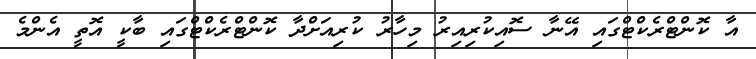
އާ ކޮންޓްރެކްޓްގައި އޭނާ ސޮއިކުރިއިރު މިހާރު ކުރިއަށްދާ ކޮންޓްރެކްޓްގައި ބާކީ އޮތީ އެންމެ